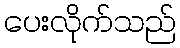
ပေးလိုက်သည်